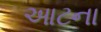
આટના